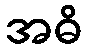
အဓိ